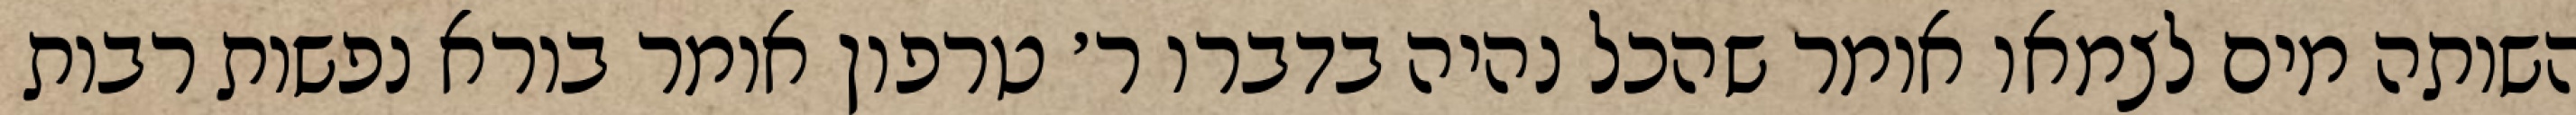
השותה מים לצמאו אומר שהכל נהיה בדברו ר׳ טרפון אומר בורא נפשות רבות